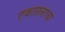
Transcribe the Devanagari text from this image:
एकतालाचा